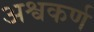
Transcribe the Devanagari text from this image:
अश्वकर्ण